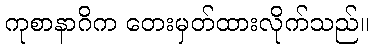
ကုစာနာဂိက တေးမှတ်ထားလိုက်သည်။